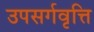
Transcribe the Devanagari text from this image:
उपसर्गवृत्ति